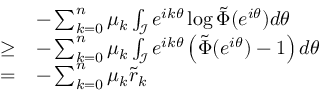
\begin{array} { r l } & { - \sum _ { k = 0 } ^ { n } \mu _ { k } \int _ { \mathcal { I } } e ^ { i k \theta } \log \tilde { \Phi } ( e ^ { i \theta } ) d \theta } \\ { \geq } & { - \sum _ { k = 0 } ^ { n } \mu _ { k } \int _ { \mathcal { I } } e ^ { i k \theta } \left( \tilde { \Phi } ( e ^ { i \theta } ) - 1 \right) d \theta } \\ { = } & { - \sum _ { k = 0 } ^ { n } \mu _ { k } \tilde { r } _ { k } } \end{array}